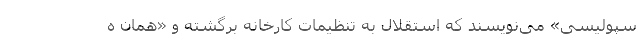
سپولیسی» می‌نویسند که استقلال به تنظیمات کارخانه برگشته و «همان ه